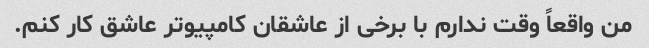
من واقعاً وقت ندارم با برخی از عاشقان کامپیوتر عاشق کار کنم.